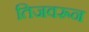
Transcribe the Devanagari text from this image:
तिजवरून